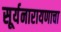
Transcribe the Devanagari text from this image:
सूर्यनारायणाचा